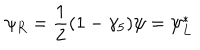
\psi _ { R } = \frac { 1 } { 2 } ( 1 - \gamma _ { 5 } ) \psi = \psi _ { L } ^ { * }